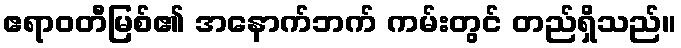
ဧရာဝတီမြစ်၏ အနောက်ဘက် ကမ်းတွင် တည်ရှိသည်။